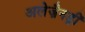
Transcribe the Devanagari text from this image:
अलेज़ैनड्रीं